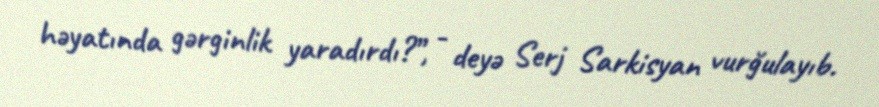
həyatında gərginlik yaradırdı?”, - deyə Serj Sarkisyan vurğulayıb.